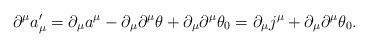
LaTeX: \begin{align*}\partial^\mu a'_\mu=\partial_\mu a^\mu-\partial_\mu\partial^\mu\theta+\partial_\mu\partial^\mu\theta_0=\partial_\mu j^\mu+\partial_\mu\partial^\mu\theta_0.\end{align*}